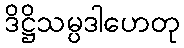
ဒိဋ္ဌိသမ္ပဒါဟေတု